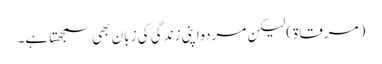
(مرقاۃ)لیکن مردہ اپنی زندگی کی زبان بھی سمجھتا ہے۔